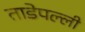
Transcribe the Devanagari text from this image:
ताडेपल्ली